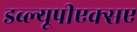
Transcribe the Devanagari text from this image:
डब्ल्यूपीएक्सए